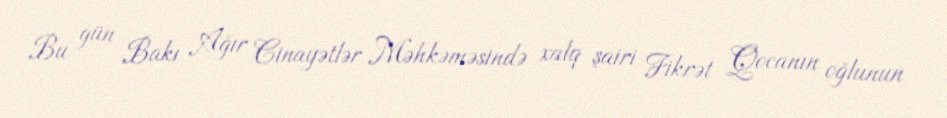
Bu gün Bakı Ağır Cinayətlər Məhkəməsində xalq şairi Fikrət Qocanın oğlunun